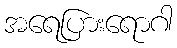
အရေပြားရောဂါ